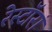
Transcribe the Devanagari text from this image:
रेस्टॉरां